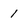
Character: 1